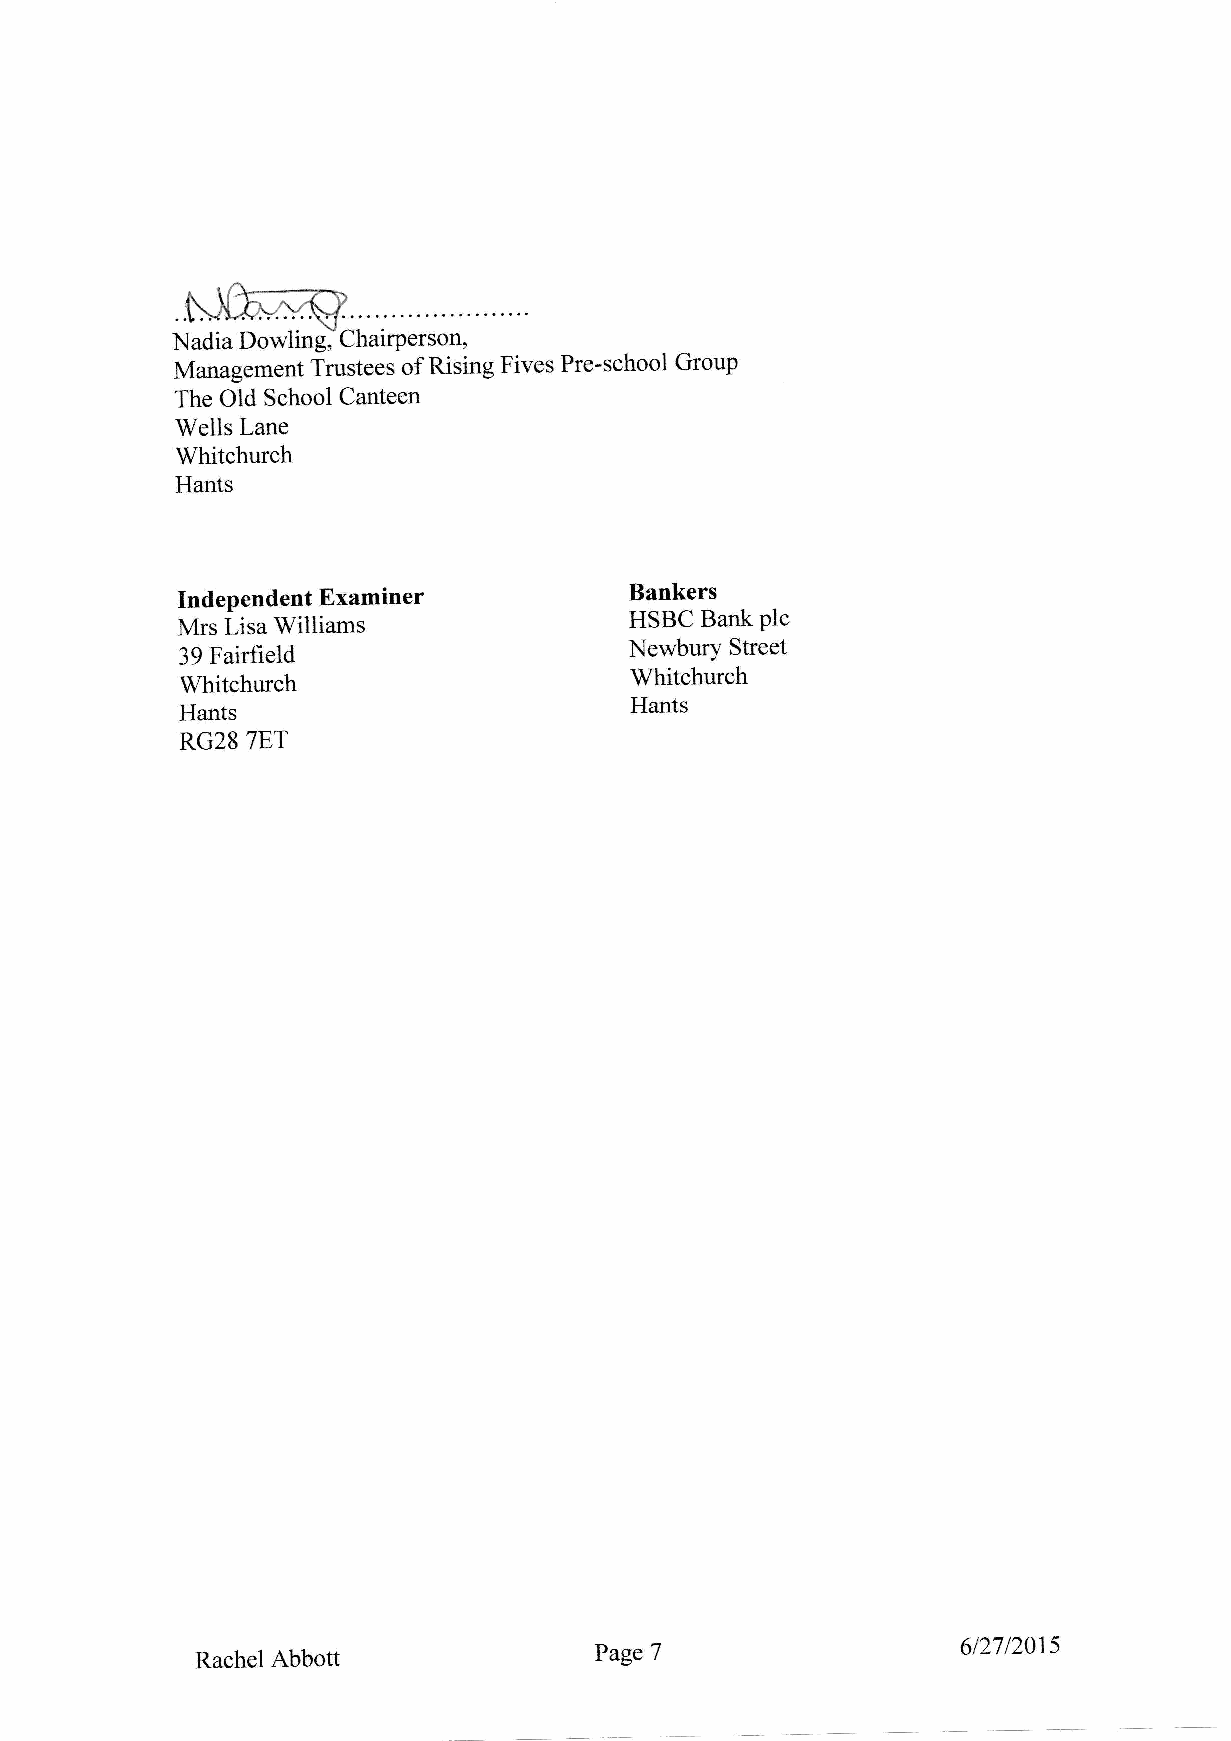
Nadia Dowlingl Chairperson,
 Management Trustees of Rising Fives Pre-school Group
 The Old School Canteen
 Wells Lane
 Whitchurch
 Hants
 Independent Examiner          Bankers
 Mrs LisaWilliams              HSBC Bark plc
 39 Fairfield                  Newbury Street
 Whitehurch
 Whitchurch
 Hants
 Hants
 RG28 ?ET
 6D7DArs
 Raehel Abbott             PageT